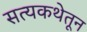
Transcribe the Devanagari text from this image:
सत्यकथेतून